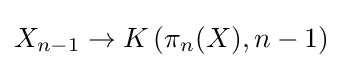
X_{n-1}\to K\left(\pi _{n}(X),n-1\right)